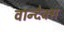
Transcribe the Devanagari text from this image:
वान्देक्स